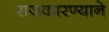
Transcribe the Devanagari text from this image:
राजकारण्याने